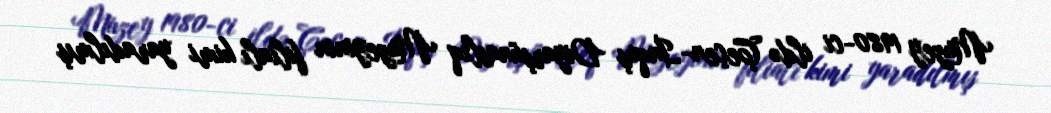
Muzey 1980-ci ildə Çeçen-İnquş Diyarşünaslıq Muzeyinin filialı kimi yaradılmış